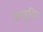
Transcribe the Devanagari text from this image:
जम्बुद्विप